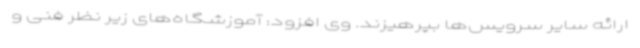
ارائه سایر سرویس‌ها بپرهیزند. وی افزود: آموزشگاه‌های زیر نظر فنی و